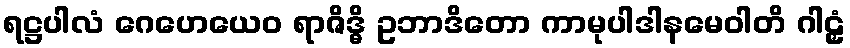
ရဋ္ဌပါလံ ဂေဟေယေဝ ရာဇိဒ္ဓိ ဥဘာဒိတော ကာမုပါဒါနမေဝါတိ ဂါဠှံ